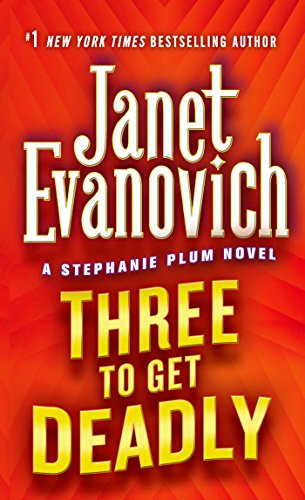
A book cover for Three to Get Deadly (Stephanie Plum, No. 3) (Stephanie Plum Novels); Janet Evanovich; Romance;